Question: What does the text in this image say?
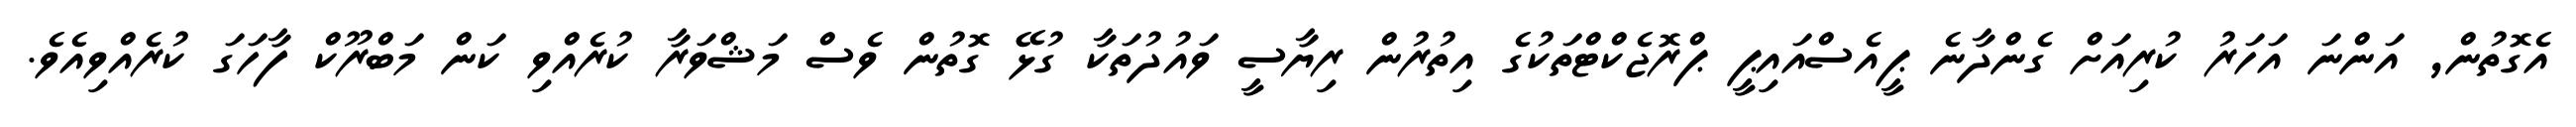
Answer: އެގޮތުން, އަންނަ އަހަރު ކުރިއަށް ގެންދާނެ ޕީއެސްއައިޕީ ޕްރޮޖެކްޓްތަކުގެ އިތުރުން ރިޔާސީ ވައުދުތަކާ ގުޅޭ ގޮތުން ވެސް މަޝްވަރާ ކުރެއްވި ކަން މަބްރޫކް ފާހަގަ ކުރެއްވިއެވެ.